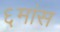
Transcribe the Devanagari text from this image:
६मांस